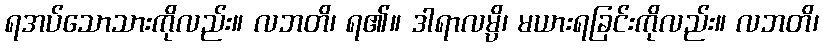
ရအပ်သောသားကိုလည်း။ လဘတိ၊ ရ၏။ ဒါရာလမ္ပိ၊ မယားရခြင်းကိုလည်း။ လဘတိ၊